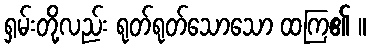
ရှမ်းတို့လည်း ရုတ်ရုတ်သောသော ထကြ၏ ။